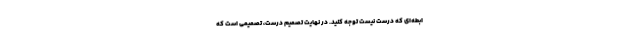
ابطه‌ای که درست نیست توجه کنید. در نهایت تصمیم درست، تصمیمی است که